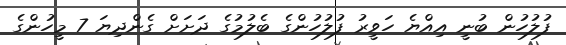
ފުލުހުން ބުނީ އިއްޔެ ހަވީރު ފުލުހުންގެ ބެލުމުގެ ދަށަށް ގެންދިޔަ 7 މީހުންގެ